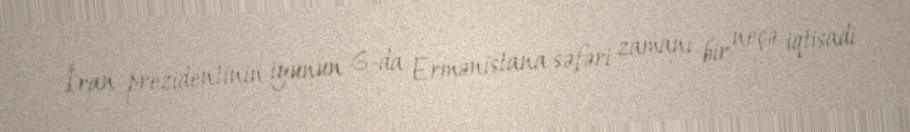
İran prezidentinin iyunun 6-da Ermənistana səfəri zamanı bir neçə iqtisadi